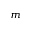
m